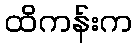
ထိကန်းက